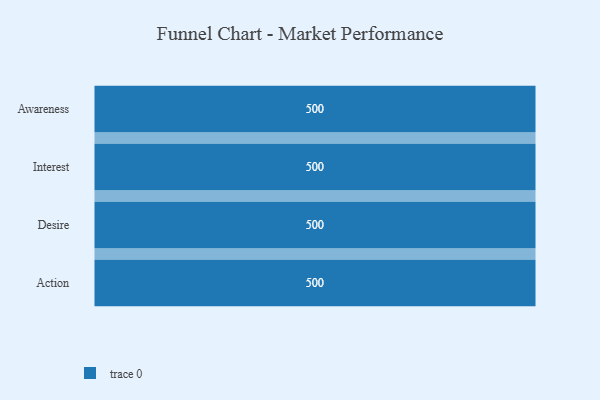
{"axis": {"x": "Stage", "y": "Value"}, "legend": [""], "data": [{"x": "Awareness", "y": 500, "type": ""}, {"x": "Interest", "y": 500, "type": ""}, {"x": "Desire", "y": 500, "type": ""}, {"x": "Action", "y": 500, "type": ""}]}